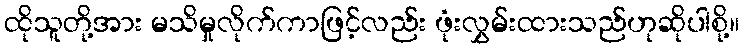
ထိုသူတို့အား မသိမှုလိုက်ကာဖြင့်လည်း ဖုံးလွှမ်းထားသည်ဟုဆိုပါစို့။